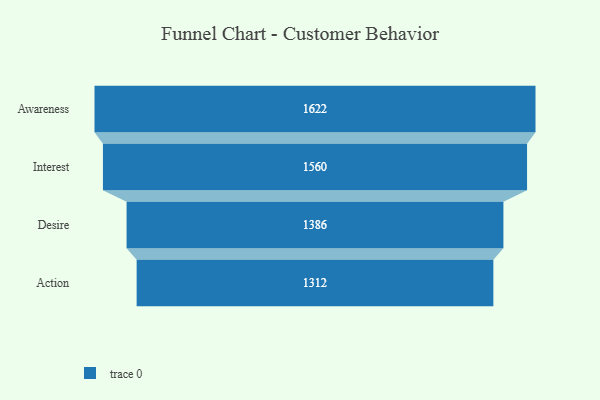
{"axis": {"x": "Stage", "y": "Value"}, "legend": [""], "data": [{"x": "Awareness", "y": 1622.0, "type": ""}, {"x": "Interest", "y": 1560.0, "type": ""}, {"x": "Desire", "y": 1386.0, "type": ""}, {"x": "Action", "y": 1312.0, "type": ""}]}